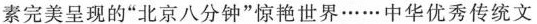
素完美呈现的”北京八分钟”惊艳世界……中华优秀传统文